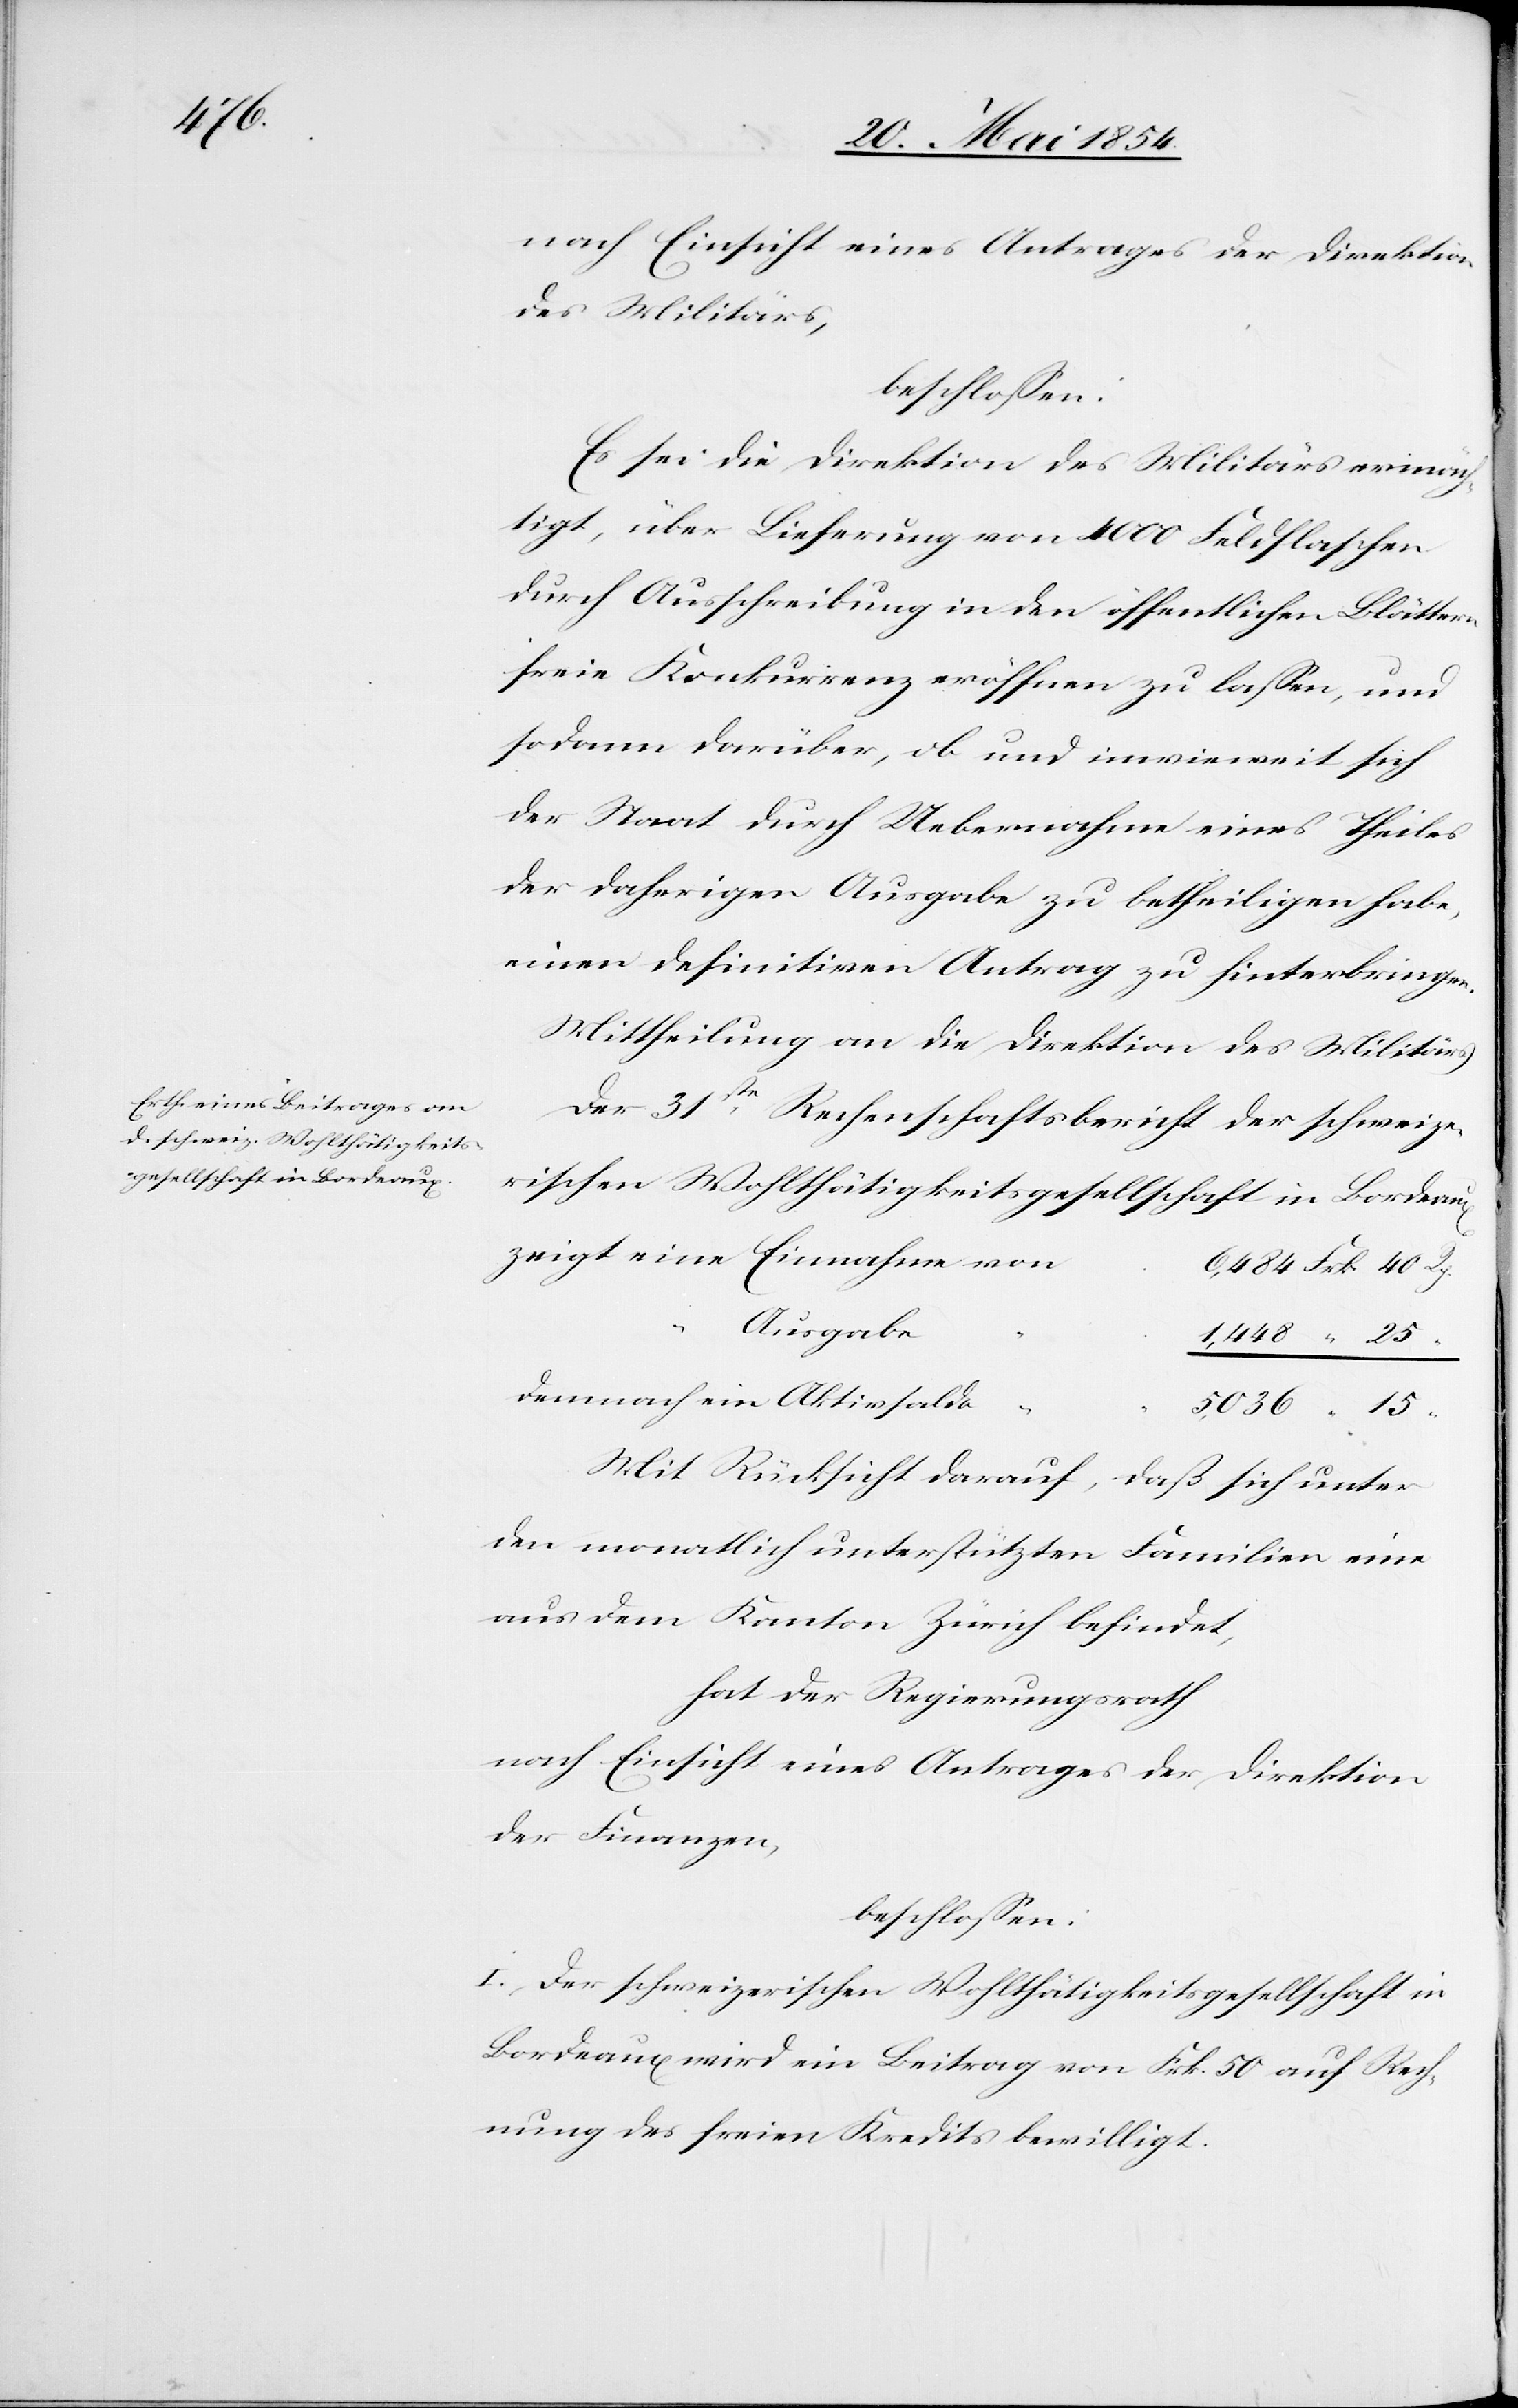
des Militärs,
beschloßen:
Es sei die Direktion des Militärs ermäch¬
tigt, über Lieferung von 4000 Feldflaschen
durch Ausschreibung in den öffentlichen Blättern
freie Konkurrenz eröffnen zu laßen, und
sodann darüber, ob und inwieweit sich
der Staat durch Uebernahme eines Theiles
der daherigen Ausgabe zu betheiligen habe,
einen definitiven Antrag zu hinterbringen.
Mittheilung an die Direktion des Militärs.
Der 31ste Rechenschaftsbericht der schweize¬
rischen Wohltätigkeitsgesellschaft in Bordeaux
Ausgabe
ein
Mit Rücksicht darauf, daß sich unter
den monatlich unterstützten Familien eine
aus dem Kanton Zürich befindet,
hat der Regierungsrath
nach Einsicht eines Antrages der Direktion
der Finanzen,
beschloßen:
I. Der schweizerischen Wohlthätigkeitsgesellschaft in
Bordeaux wird ein Beitrag von Frk. 50 auf Rech¬
nung des freien Kredites bewilligt.